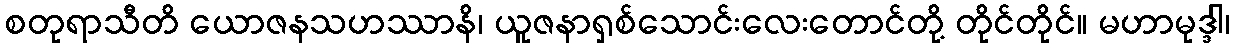
စတုရာသီတိ ယောဇနသဟဿာနိ၊ ယူဇနာရှစ်သောင်းလေးတောင်တို့ တိုင်တိုင်။ မဟာမုဒ္ဒါ၊